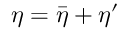
{ \eta } = { \bar { \eta } } + { \eta } ^ { \prime }